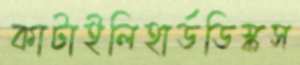
কাটাইলিহার্ডডিস্কস